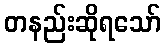
တနည်းဆိုရသော်